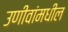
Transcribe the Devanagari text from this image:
उणीवांमधील